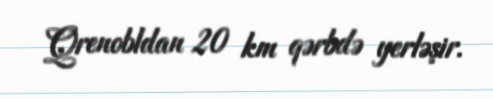
Qrenobldan 20 km qərbdə yerləşir.